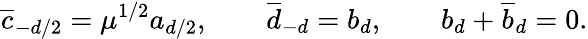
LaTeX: {\overline{{c}}}_{-d/2}=\mu^{1/2}a_{d/2},\qquad{\overline{{d}}}_{-d}=b_{d},\qquad b_{d}+{\overline{{b}}_{d}}=0.